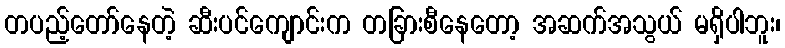
တပည့်တော်နေတဲ့ ဆီးပင်ကျောင်းက တခြားစီနေတော့ အဆက်အသွယ် မရှိပါဘူး၊